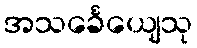
အသင်္ခေယျေသု